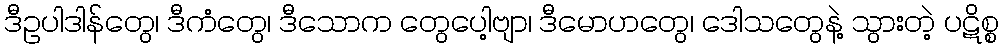
ဒီဥပါဒါန်တွေ၊ ဒီကံတွေ၊ ဒီသောက တွေပေါ့ဗျာ၊ ဒီမောဟတွေ၊ ဒေါသတွေနဲ့ သွားတဲ့ ပဋိစ္စ